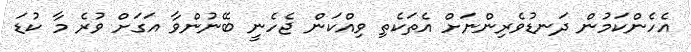
އެހެންކަމުން ދަނޑުވެރިންނަށް އެތަކެތި ވިއްކަން ޖެހެނީ ބޭނުންވާ އަގަށް ވުރެ މާ ކުޑަ